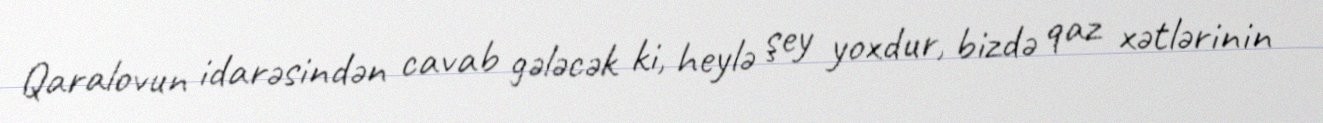
Qaralovun idarəsindən cavab gələcək ki, heylə şey yoxdur, bizdə qaz xətlərinin